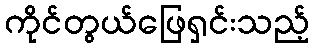
ကိုင်တွယ်ဖြေရှင်းသည့်